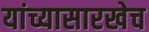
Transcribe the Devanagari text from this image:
यांच्यासारखेच